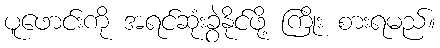
ပူဖောင်းကို အရင်ဆုံးခွဲနိုင်ဖို့ ကြိုး စားရမည်။